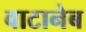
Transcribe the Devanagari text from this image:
वाटानेब